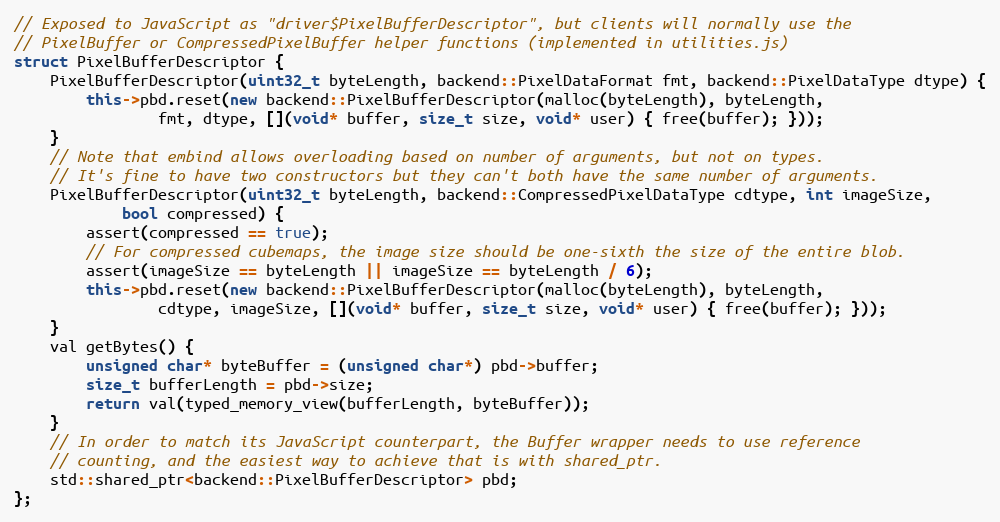
Language: C++
// Exposed to JavaScript as "driver$PixelBufferDescriptor", but clients will normally use the
// PixelBuffer or CompressedPixelBuffer helper functions (implemented in utilities.js)
struct PixelBufferDescriptor {
    PixelBufferDescriptor(uint32_t byteLength, backend::PixelDataFormat fmt, backend::PixelDataType dtype) {
        this->pbd.reset(new backend::PixelBufferDescriptor(malloc(byteLength), byteLength,
                fmt, dtype, [](void* buffer, size_t size, void* user) { free(buffer); }));
    }
    // Note that embind allows overloading based on number of arguments, but not on types.
    // It's fine to have two constructors but they can't both have the same number of arguments.
    PixelBufferDescriptor(uint32_t byteLength, backend::CompressedPixelDataType cdtype, int imageSize,
            bool compressed) {
        assert(compressed == true);
        // For compressed cubemaps, the image size should be one-sixth the size of the entire blob.
        assert(imageSize == byteLength || imageSize == byteLength / 6);
        this->pbd.reset(new backend::PixelBufferDescriptor(malloc(byteLength), byteLength,
                cdtype, imageSize, [](void* buffer, size_t size, void* user) { free(buffer); }));
    }
    val getBytes() {
        unsigned char* byteBuffer = (unsigned char*) pbd->buffer;
        size_t bufferLength = pbd->size;
        return val(typed_memory_view(bufferLength, byteBuffer));
    }
    // In order to match its JavaScript counterpart, the Buffer wrapper needs to use reference
    // counting, and the easiest way to achieve that is with shared_ptr.
    std::shared_ptr<backend::PixelBufferDescriptor> pbd;
};